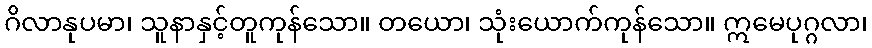
ဂိလာနုပမာ၊ သူနာနှင့်တူကုန်သော။ တယော၊ သုံးယောက်ကုန်သော။ ဣမေပုဂ္ဂလာ၊